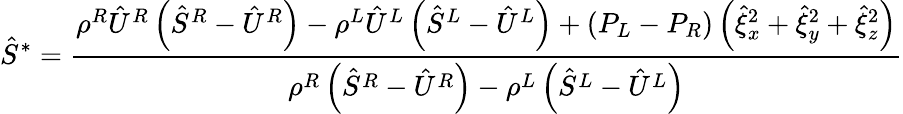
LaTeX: \hat{S}^{*}=\frac{\rho^{R}\hat{U}^{R}\left(\hat{S}^{R}-\hat{U}^{R}\right)-\rho^{L}\hat{U}^{L}\left(\hat{S}^{L}-\hat{U}^{L}\right)+\left(P_{L}-P_{R}\right)\left(\hat{\xi}_{x}^{2}+\hat{\xi}_{y}^{2}+\hat{\xi}_{z}^{2}\right)}{\rho^{R}\left(\hat{S}^{R}-\hat{U}^{R}\right)-\rho^{L}\left(\hat{S}^{L}-\hat{U}^{L}\right)}